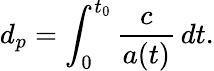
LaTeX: d_{p}=\int_{0}^{t_{0}}{\frac{c}{a(t)}}\, dt.